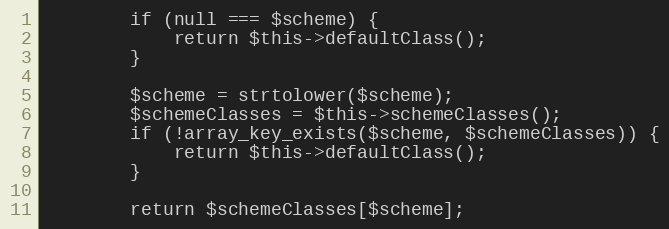
Language: PHP
        if (null === $scheme) {
            return $this->defaultClass();
        }

        $scheme = strtolower($scheme);
        $schemeClasses = $this->schemeClasses();
        if (!array_key_exists($scheme, $schemeClasses)) {
            return $this->defaultClass();
        }

        return $schemeClasses[$scheme];